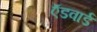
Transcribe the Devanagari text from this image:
ऍडवार्ड